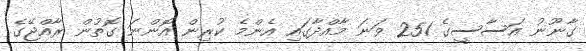
ގާނޫނު އަސާސީގެ 251 ވަނަ މާއްދާގައި އެންމެ ކުރިން އޮންނަ ގޮތުން ރާއްޖޭގެ